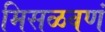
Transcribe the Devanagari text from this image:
मिसळवणं